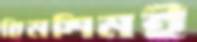
হিমশিমই